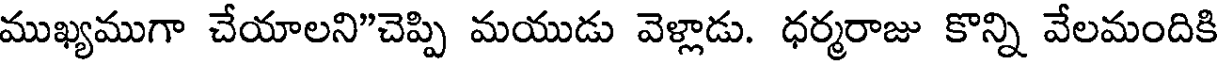
ముఖ్యముగా చేయాలని"చెప్పి మయుడు వెళ్లాడు. ధర్మరాజు కొన్ని వేలమందికి